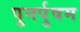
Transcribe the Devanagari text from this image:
पुनर्पुषम